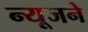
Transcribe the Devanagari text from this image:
न्यूजने